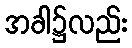
အခါ၌လည်း